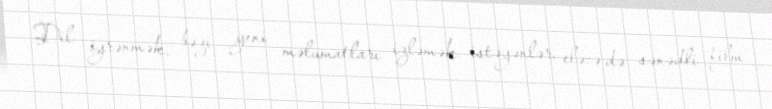
Dil öyrənmək, bəzi yeni məlumatları izləmək istəyənlər, eləcə də sənədli film